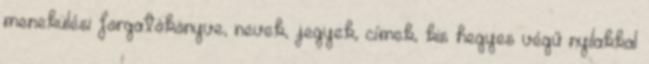
menekülési forgatókönyve, nevek, jegyek, címek, kis hegyes végű nyilakkal